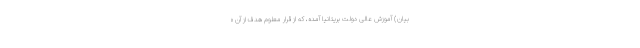
بیان) آموزش عالی دولت بریتانیا آمده، که از قرار معلوم هدف از آن «